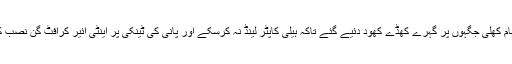
جیل کی تمام کھلی جگہوں پر گہرے کھڈے کھود دئیے گئے تاکہ ہیلی کاپٹر لینڈ نہ کرسکے اور پانی کی ٹینکی پر اینٹی ائیر کرافٹ گن نصب کردی گئی۔